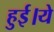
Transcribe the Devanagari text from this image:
हुई।ये